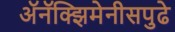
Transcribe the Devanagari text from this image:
अॅनॅक्झिमेनीसपुढे